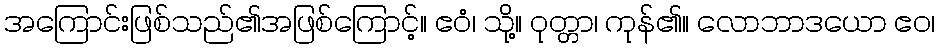
အကြောင်းဖြစ်သည်၏အဖြစ်ကြောင့်။ ဧဝံ၊ သို့။ ဝုတ္တာ၊ ကုန်၏။ လောဘာဒယော ဧဝ၊